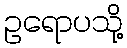
ဥရောပသို့